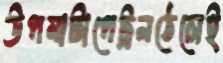
উপমাটাপেট্রনঠেলেই